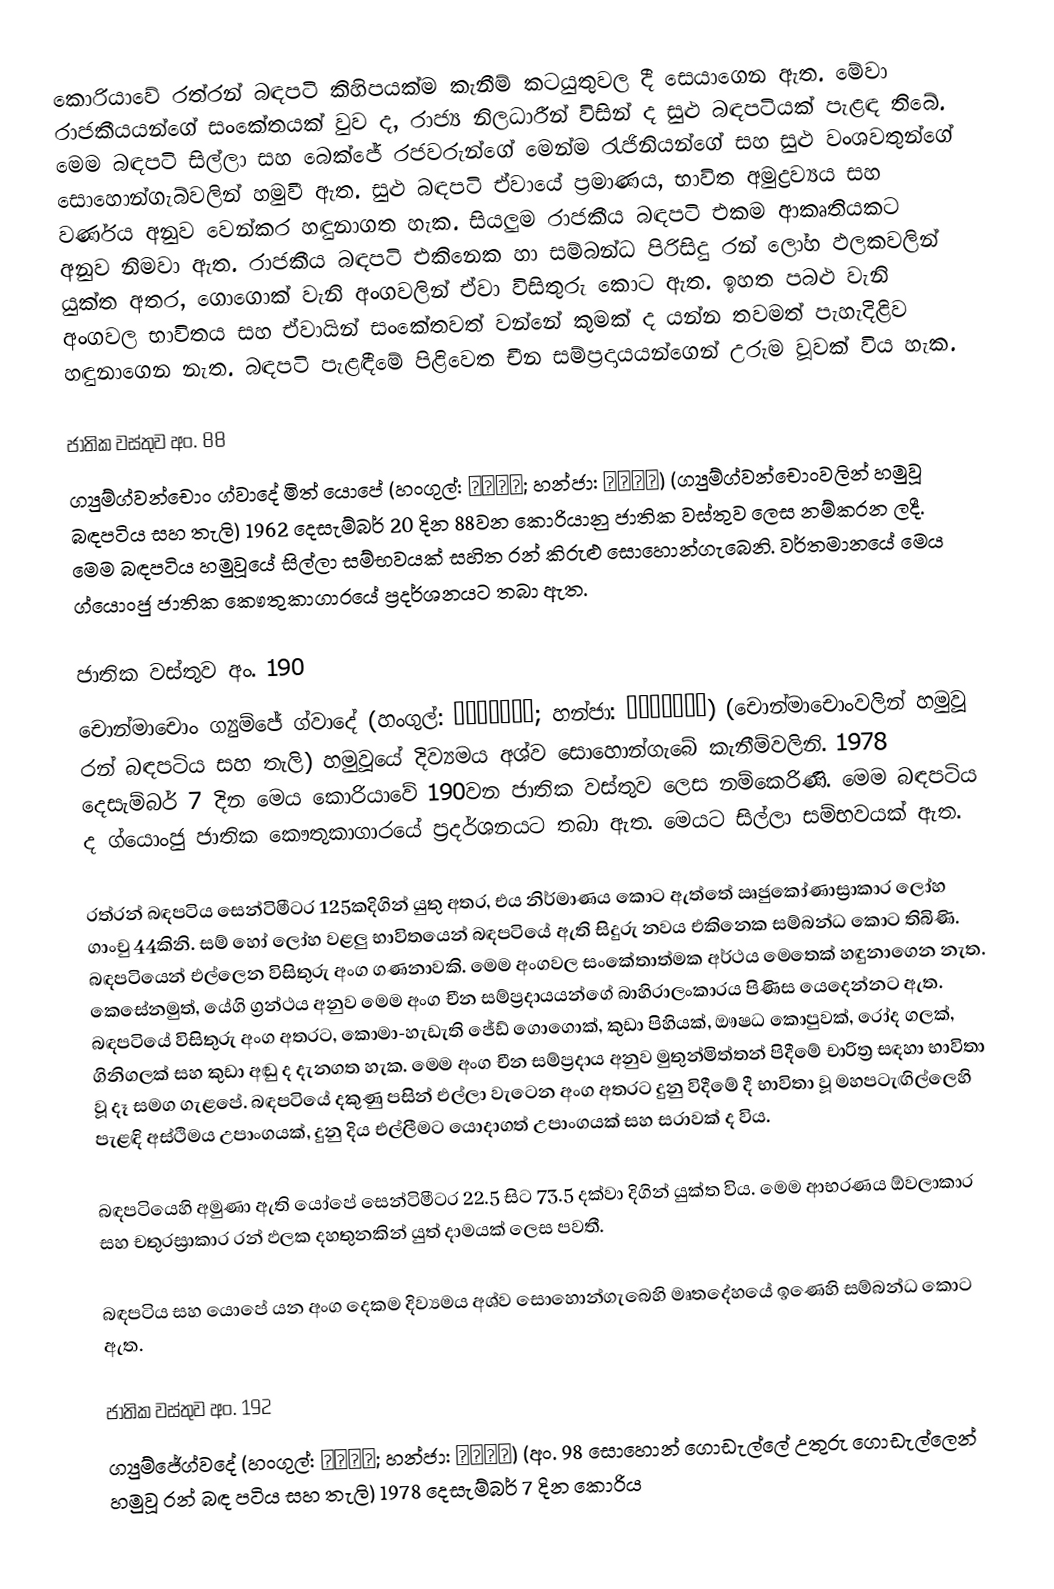
කොරියාවේ රත්රන් බඳපටි කිහිපයක්ම කැනීම් කටයුතුවල දී සෙයාගෙන ඇත. මේවා රාජකීයයන්ගේ සංකේතයක් වුව ද, රාජ්‍ය නිලධාරීන් විසින් ද සුළු බඳපටියක් පැළඳ තිබේ. මෙම බඳපටි සිල්ලා සහ බෙක්ජේ රජවරුන්ගේ මෙන්ම රැජිනියන්ගේ සහ සුළු වංශවතුන්ගේ සොහොන්ගැබ්වලින් හමුවී ඇත. සුළු බඳපටි ඒවායේ ප්‍රමාණය, භාවිත අමුද්‍රව්‍යය සහ වර්ණය අනුව වෙන්කර හඳුනාගත හැක. සියලුම රාජකීය බඳපටි එකම ආකෘතියකට අනුව නිමවා ඇත. රාජකීය බඳපටි එකිනෙක හා සම්බන්ධ පිරිසිදු රන් ලෝහ ඵලකවලින් යුක්ත අතර, ගොගොක් වැනි අංගවලින් ඒවා විසිතුරු කොට ඇත. ‍ඉහත පබළු වැනි අංගවල භාවිතය සහ ඒවායින් සංකේතවත් වන්නේ කුමක් ද යන්න තවමත් පැහැදිළිව හඳුනාගෙන නැත. බඳපටි පැළඳීමේ පිළිවෙත චීන සම්ප්‍රදායයන්ගෙන් උරුම වූවක් විය හැක.

ජාතික වස්තුව අං. 88
ග්‍යුම්ග්වන්චොං ග්වාදේ මිත් යොපේ (හංගුල්: 금제과대; හන්ජා: 金製과帶) (ග්‍යුම්ග්වන්චොංවලින් හමුවූ බඳපටිය සහ තැලි) 1962 දෙසැම්බර් 20 දින 88වන කොරියානු ජාතික වස්තුව ලෙස නම්කරන ලදී. මෙම බඳපටිය හමුවූයේ සිල්ලා සම්භවයක් සහිත රන් කිරුළු සොහොන්ගැබෙනි. වර්තමානයේ මෙය ග්යොංජු ජාතික කෞතුකාගාරයේ ප්‍රදර්ශනයට තබා ඇත.

ජාතික වස්තුව අං. 190
චොන්මාචොං ග්‍යුම්ජේ ග්වාදේ (හංගුල්: 천마총금제과대; හන්ජා: 天馬塚金製과帶) (චොන්මාචොංවලින් හමුවූ රන් බඳපටිය සහ තැලි) හමුවූයේ දිව්‍යමය අශ්ව සොහොන්ගැබේ කැනීම්වලිනි. 1978 දෙසැම්බර් 7 දින මෙය කොරියාවේ 190වන ජාතික වස්තුව ලෙස නම්කෙරිණි. මෙම බඳපටිය ද ග්යොංජු ජාතික කෞතුකාගාරයේ ප්‍රදර්ශනයට තබා ඇත. මෙයට සිල්ලා සම්භවයක් ඇත.

රත්රන් බඳපටිය සෙන්ටිමීටර 125කදිගින් යුතු අතර, එය නිර්මාණය කොට ඇත්තේ ඍජුකෝණාස්‍රාකාර ලෝහ ගාංචු 44කිනි. සම් හෝ ලෝහ වළලු භාවිතයෙන් බඳපටියේ ඇති සිදුරු නවය එකිනෙක සම්බන්ධ කොට තිබිණි. බඳපටියෙන් එල්ලෙන විසිතුරු අංග ගණනාවකි. මෙම අංගවල සංකේතාත්මක අර්ථය මෙතෙක් හඳුනාගෙන නැත. කෙසේනමුත්, යේගි ග්‍රන්ථය අනුව මෙම අංග චීන සම්ප්‍රදායයන්ගේ බාහිරාලංකාරය පිණිස යෙදෙන්නට ඇත. බඳපටියේ විසිතුරු අංග අතරට, කොමා-හැඩැති ජේඩ් ගොගොක්, කුඩා පිහියක්, ඖෂධ කොපුවක්, රෝද ගලක්, ගිනිගලක් සහ කුඩා අඬු ද දැනගත හැක. මෙම අංග චීන සම්ප්‍රදාය අනුව මුතුන්මිත්තන් පිදීමේ චාරිත්‍ර සඳහා භාවිතා වූ දෑ සමග ගැළපේ. බඳපටියේ දකුණු පසින් එල්ලා වැටෙන අංග අතරට දුනු විදීමේ දී භාවිතා වූ මහපටැඟිල්ලෙහි පැළඳි අස්ථිමය උපාංගයක්, දුනු දිය එල්ලීමට යොදාගත් උපාංගයක් සහ සරාවක් ද විය.

බඳපටියෙහි අමුණා ඇති යෝපේ සෙන්ටිමීටර 22.5 සිට 73.5 දක්වා දිගින් යුක්ත විය. මෙම ආභරණය ඕවලාකාර සහ චතුරස්‍රාකාර රන් ඵලක දහතුනකින් යුත් දාමයක් ලෙස පවතී.

බඳපටිය සහ යොපේ යන අංග දෙකම දිව්‍යමය අශ්ව සොහොන්ගැබෙහි මෘතදේහයේ ඉණෙහි සම්බන්ධ කොට ඇත.

ජාතික වස්තුව අං. 192
ග්‍යුම්ජේග්වදේ (හංගුල්: 금제과대; හන්ජා: 金製과帶) (අං. 98 සොහොන් ගොඩැල්ලේ උතුරු ගොඩැල්ලෙන් හමුවූ රන් බඳ පටිය සහ තැලි) 1978 දෙසැම්බර් 7 දින කොරිය